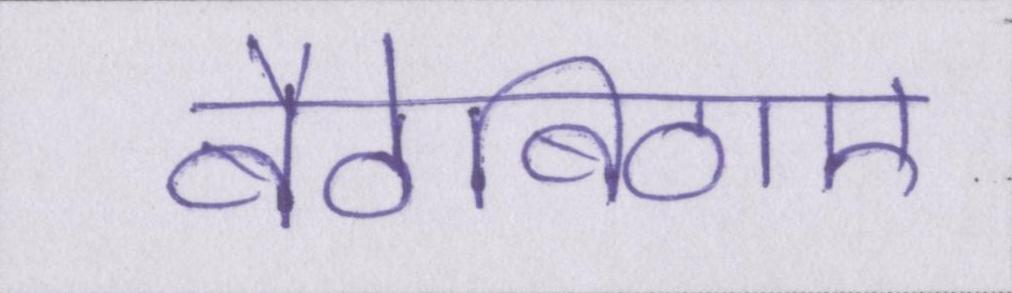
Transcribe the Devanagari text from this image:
बैठेबिठाए